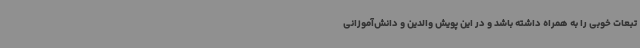
تبعات خوبی را به همراه داشته باشد و در این پویش والدین و دانش‌آموزانی